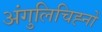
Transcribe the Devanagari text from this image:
अंगुलिचिह्नों